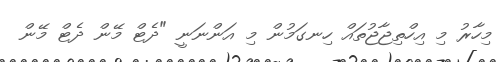
މިހާރު މި އިހްތިޖާޖުތައް ހިނގަމުން މި އަންނަނީ "ދެޓް މޭން ދެޓް މޭން